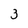
Character: 3